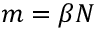
m = \beta N